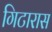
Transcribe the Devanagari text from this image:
गिटारास